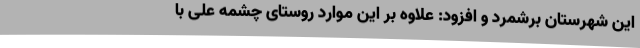
این شهرستان برشمرد و افزود: علاوه بر این موارد روستای چشمه علی با